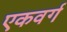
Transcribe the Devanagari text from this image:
एकवर्ग